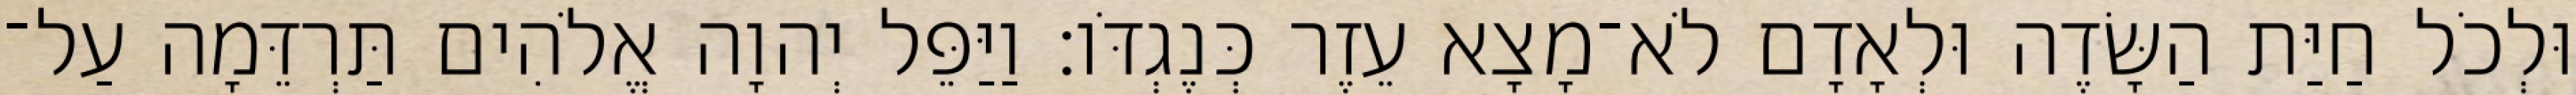
וּלְכֹל חַיַּת הַשָּׂדֶה וּלְאָדָם לֹא־מָצָא עֵזֶר כְּנֶגְדֹּו׃ וַיַּפֵּל יְהוָה אֱלֹהִים תַּרְדֵּמָה עַל־